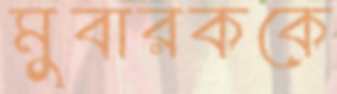
মুবারককে